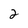
Character: 2